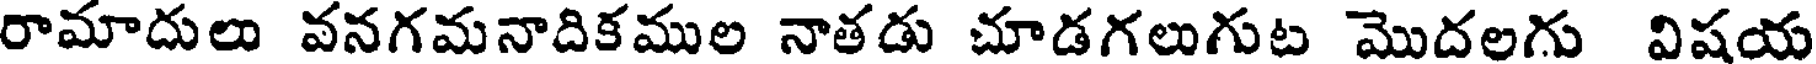
రామాదులు వనగమనాదికముల నాతడు చూడగలుగుట మొదలగు విషయ